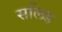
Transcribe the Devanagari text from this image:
सलिड